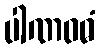
ပါဏဝဓံ